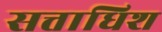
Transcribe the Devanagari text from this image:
सत्ताधिश